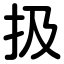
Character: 扱